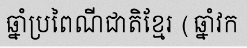
ឆ្នាំប្រពៃណីជាតិខ្មែរ (ឆ្នាំវក